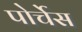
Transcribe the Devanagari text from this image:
पोर्चेस